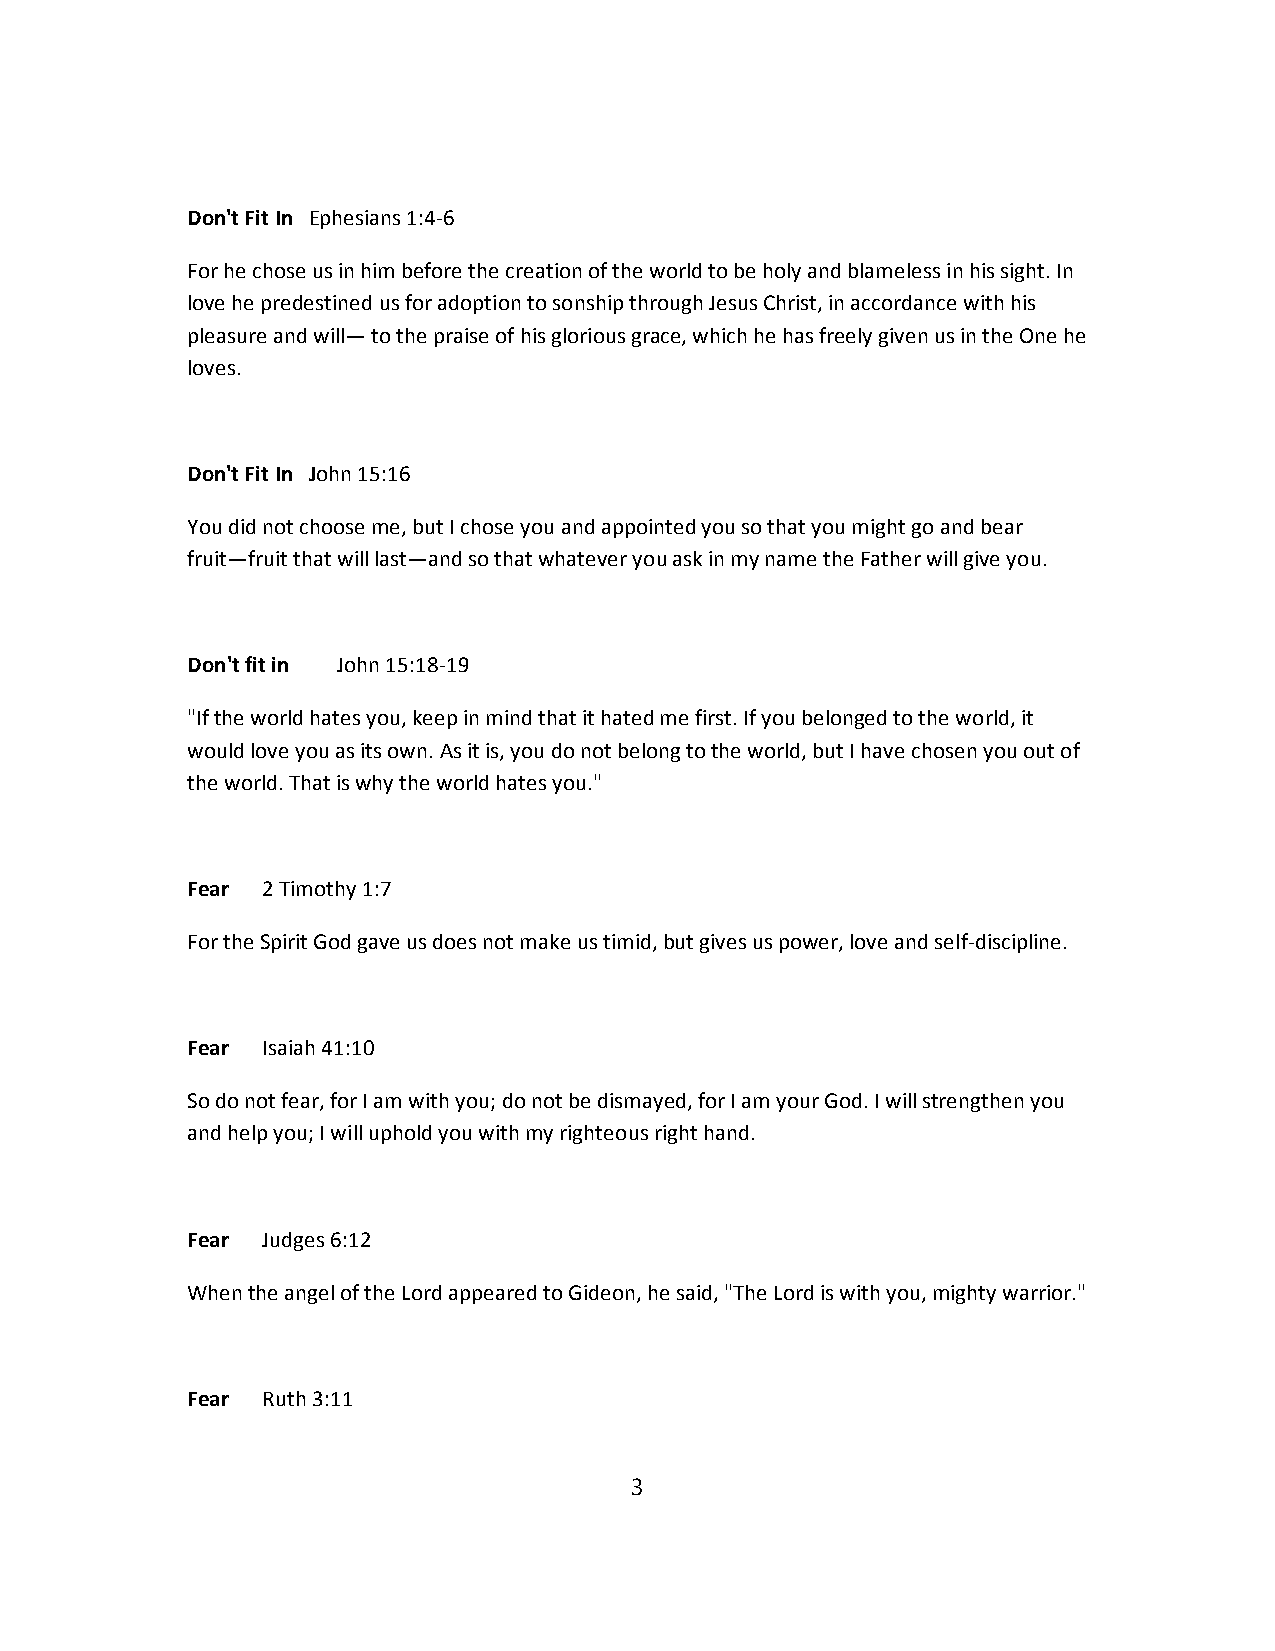
Don't Fit In Ephesians 1:4-6
 For he chose us in him before the creation of the world to be holy and blameless in his sight. In
 love he predestined us for adoption to sonship through Jesus Christ, in accordance with his
 pleasure and will— to the praise of his glorious grace, which he has freely given us in the One he
 loves.
 Don't Fit In John 15:16
 You did not choose me, but I chose you and appointed you so that you might go and bear
 fruit—fruit that will last—and so that whatever you ask in my name the Father will give you.
 Don't fit in John 15:18-19
 "If the world hates you, keep in mind that it hated me first. If you belonged to the world, it
 would love you as its own. As it is, you do not belong to the world, but I have chosen you out of
 the world. That is why the world hates you."
 Fear 2 Timothy 1:7
 For the Spirit God gave us does not make us timid, but gives us power, love and self-discipline.
 Fear Isaiah 41:10
 So do not fear, for I am with you; do not be dismayed, for I am your God. I will strengthen you
 and help you; I will uphold you with my righteous right hand.
 Fear Judges 6:12
 When the angel of the Lord appeared to Gideon, he said, "The Lord is with you, mighty warrior."
 Fear Ruth 3:11
 3